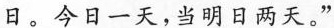
日。今日一天，当明日两天。”